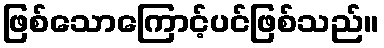
ဖြစ်သောကြောင့်ပင်ဖြစ်သည်။